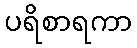
ပရိစာရကာ